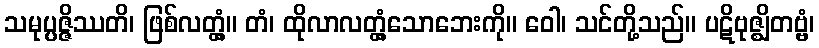
သမုပ္ပဇ္ဇိဿတိ၊ ဖြစ်လတ္တံ့။ တံ၊ ထိုလာလတ္တံ့သောဘေးကို။ ဝေါ၊ သင်တို့သည်။ ပဋိဗုဇ္ဈိတဗ္ဗံ၊